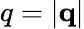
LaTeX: q=|\mathbf{q}|